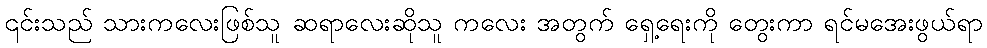
၎င်းသည် သားကလေးဖြစ်သူ ဆရာလေးဆိုသူ ကလေး အတွက် ရှေ့ရေးကို တွေးကာ ရင်မအေးဖွယ်ရာ